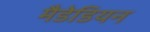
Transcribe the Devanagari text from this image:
मैडेडियन